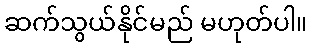
ဆက်သွယ်နိုင်မည် မဟုတ်ပါ။